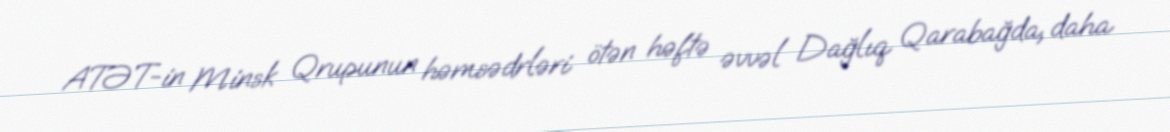
ATƏT-in Minsk Qrupunun həmsədrləri ötən həftə əvvəl Dağlıq Qarabağda, daha